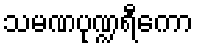
သမဏပုဏ္ဍရီကော